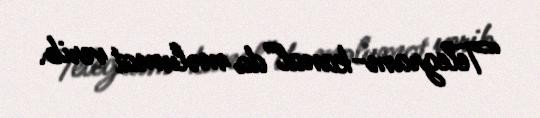
“Telegram-kanal”da məlumat verib.